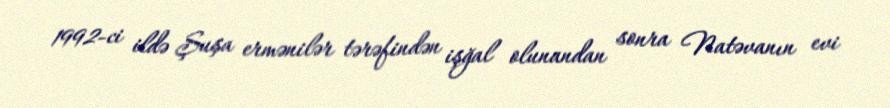
1992-ci ildə Şuşa ermənilər tərəfindən işğal olunandan sonra Natəvanın evi